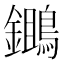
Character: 𪆷